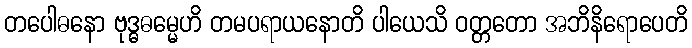
တပေါဓနော ဗုဒ္ဓဓမ္မေဟိ တမပရာယနောတိ ပါယေသိ ဝတ္တတော အဘိနိရောပေတိ